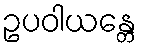
ဥပဝါယန္တေ